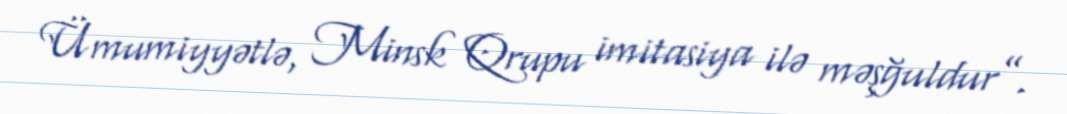
Ümumiyyətlə, Minsk Qrupu imitasiya ilə məşğuldur”.